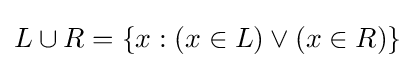
L\cup R=\{x:(x\in L)\lor (x\in R)\}